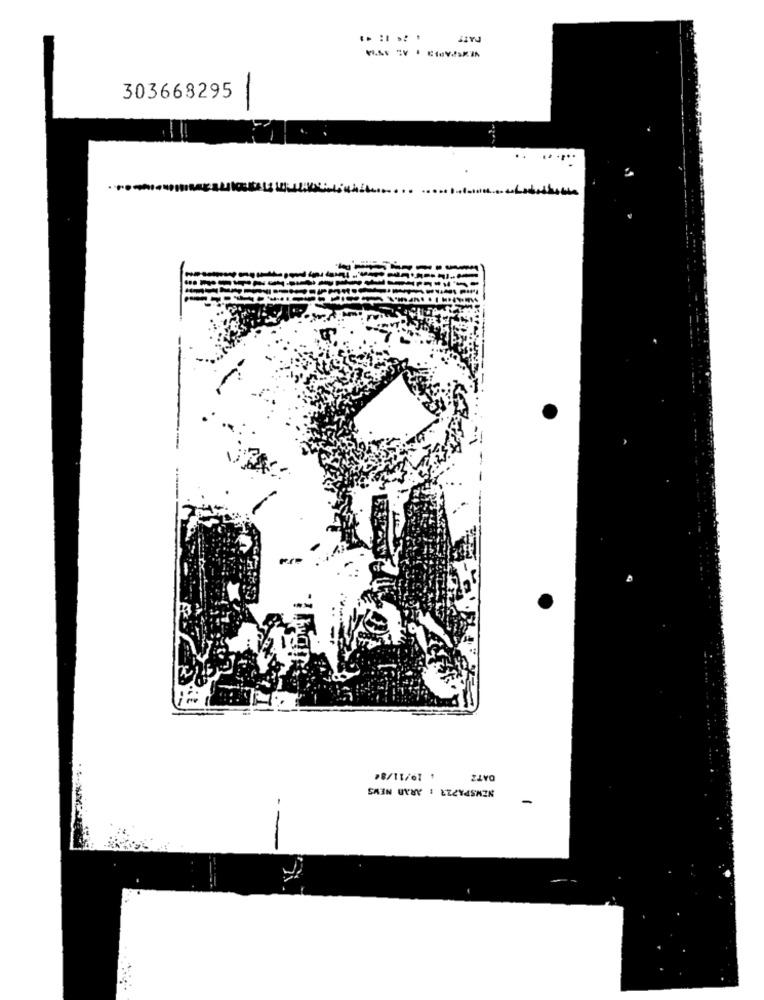
-
303668295
DATZ
#8/11/61 1
NEWSPA727 : ARAD NEWS
-